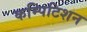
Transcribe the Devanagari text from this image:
कम्पिटिशन